Civil Veterinary Dept. Bombay admin report 1914-1922 - 1914-1922
Year: 1914
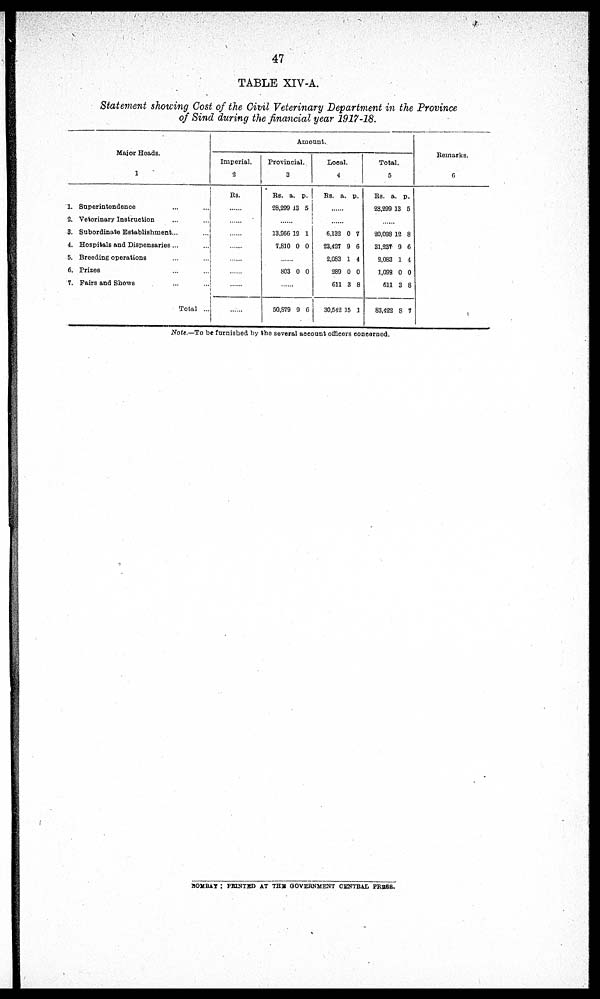
47
TABLE XIV-A.
Statement showing Cost of the Civil Veterinary Department in the Province
of Sind during the financial year 1917-18.
Major Heads.
1
1. Superintendence ... ...
2. Veterinary Instruction ... ...
3. Subordinate Establishment ... ...
4. Hospitals and Dispensaries ... ...
5. Breeding operations ... ...
6. Prizes ... ...
7. Fairs and Shows ... ...
Total ...
Amount.
Imperial.
2
Rs.
Provincial.
3
Rs.
28,299
a.
13
p.
5
... ...
13,966
7,810
12
0
1
0
... ...
803 0 0
... ...
50,879 9 6
Local.
4
RS.
a. p.
... ...
... ...
6,132
23,427
2,083
289
611
30,542
0
9
1
0
3
15
7
6
4
0
8
1
Total.
5
Rs.
28,299
a.
13
p.
5
... ...
20,098
31,237
2,083
1,092
611
83,422
12
9
1
0
3
8
8
6
4
0
8
7
Remarks.
6
Note.—To be furnished by the several account officers concerned.
BOMBAY : PRINTED AT THE GOVERNMENT CENTRAL PRESS.